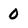
Character: 0